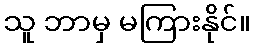
သူ ဘာမှ မကြားနိုင်။